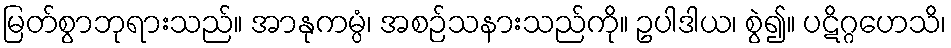
မြတ်စွာဘုရားသည်။ အာနုကမ္ပံ၊ အစဉ်သနားသည်ကို။ ဥပါဒါယ၊ စွဲ၍။ ပဋိဂ္ဂဟေသိ၊